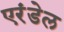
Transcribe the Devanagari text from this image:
एरंडेल